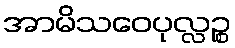
အာမိသဝေပုလ္လဉ္စ